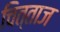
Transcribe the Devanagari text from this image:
चित्ताज